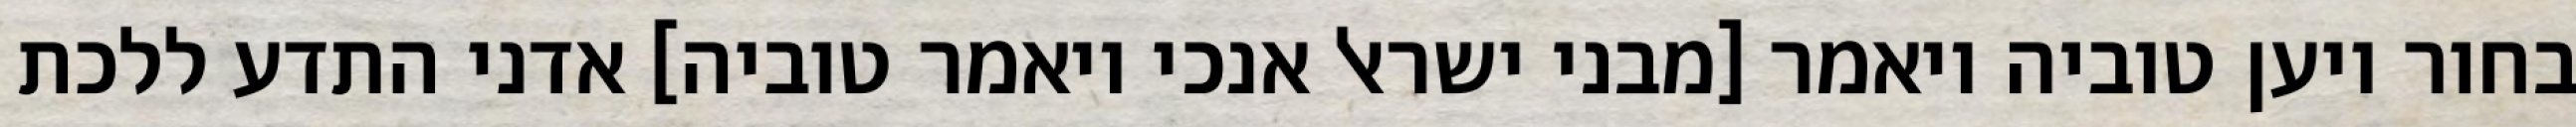
בחור ויען טוביה ויאמר [מבני ישראל אנכי ויאמר טוביה] אדני התדע ללכת